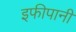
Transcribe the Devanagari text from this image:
इफीपानी